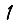
Digit: 1